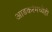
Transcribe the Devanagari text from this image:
आडकरंमध्येही